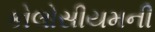
કોલોસીયમની